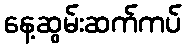
နေ့ဆွမ်းဆက်ကပ်